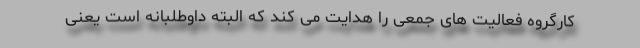
کارگروه فعالیت های جمعی را هدایت می کند که البته داوطلبانه است یعنی